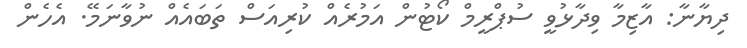
ދިޔާނާ: އާޒިމާ ވިދާޅުވީ ސުޕްރީމް ކޯޓުން އަމުރެއް ކުރިއަސް ތަބައެއް ނުވާނަމޭ. އެހެން